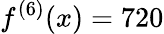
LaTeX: f^{(6)}(x)=720